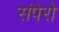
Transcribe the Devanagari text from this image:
संपेरो